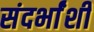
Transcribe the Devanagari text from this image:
संदर्भांंशी